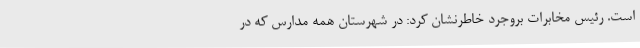
است. رئیس مخابرات بروجرد خاطرنشان کرد: در شهرستان همه مدارس که در